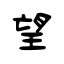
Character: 望